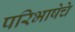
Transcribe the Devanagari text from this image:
परिभाषेचे